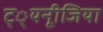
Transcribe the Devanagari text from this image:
ट््यनूीजिया